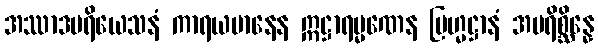
အဿာဒပရိယေသနံ ကာရယမာနေန ဣဋ္ဌာရမ္မဏေန ဗြဟ္မဋ္ဌာနံ အပရိစ္ဆိန္နေ